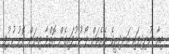
މިއާ ނުނިދިފައި އަނދިރީގެ ތެރެއަށް ލޯ ހުޅުވައިގެން އޮތްވާ އިޔަން ދޮރު ހުޅުވި